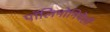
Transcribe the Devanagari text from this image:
पॉलिमोनियेसी